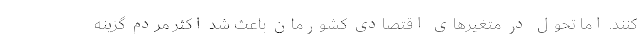
کنند. اما تحول در متغیرهای اقتصادی کشورمان باعث شد اکثر مردم گزینه